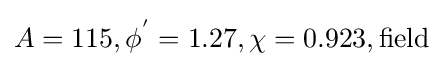
A=115,\phi ^{'}=1.27,\chi =0.923,{\text{field}}